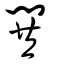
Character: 閧